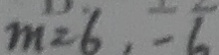
m = 6 , - 6